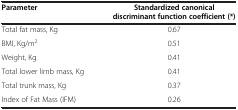
<table><thead><tr><td><b>Parameter</b></td><td><b>Standardized canonical discriminant function coefficient (*)</b></td></tr></thead><tbody><tr><td>Total fat mass, Kg</td><td>0.67</td></tr><tr><td>BMI, Kg/m<sup>2</sup></td><td>0.51</td></tr><tr><td>Weight, Kg</td><td>0.41</td></tr><tr><td>Total lower limb mass, Kg</td><td>0.41</td></tr><tr><td>Total trunk mass, Kg</td><td>0.37</td></tr><tr><td>Index of Fat Mass (IFM)</td><td>0.26</td></tr></tbody></table>